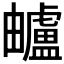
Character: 𧈕